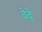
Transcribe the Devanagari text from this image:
वेदे